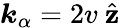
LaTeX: {\boldsymbol{k}_{\alpha}=2v\hat{\boldsymbol{\mathrm{~z~}}}}